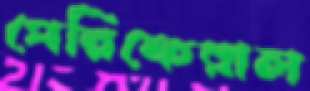
পেরিফেরাল